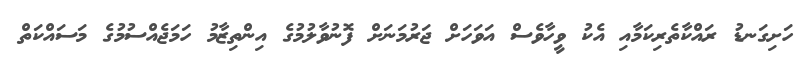
ހަށިގަނޑު ރައްކާތެރިކަމާއި އެކު ވީހާވެސް އަވަހަށް ޖަރުމަނަށް ފޮނުވާލުމުގެ އިންތިޒާމު ހަމަޖެއްސުމުގެ މަސައްކަތް